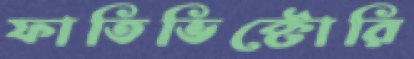
ফাতিভিক্টোরি